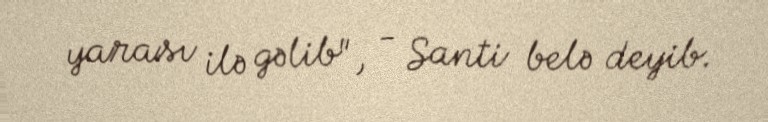
yarası ilə gəlib", - Santi belə deyib.